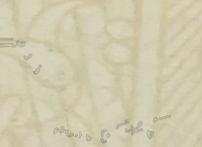
إعلانات مبوبة   فرص عمل م